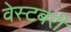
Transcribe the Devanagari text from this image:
वेस्टबरी